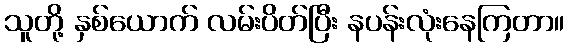
သူတို့ နှစ်ယောက် လမ်းပိတ်ပြီး နပန်းလုံးနေကြတာ။